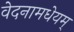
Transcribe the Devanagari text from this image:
वेदनामधेयम्